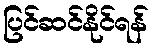
ပြင်ဆင်နိုင်ရန်